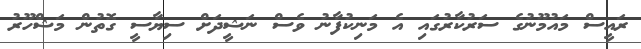
ރައީސް މައުމޫނުގެ ސަރުކާރުގައި އެ މަނިކުފާނު ވެސް ނަޝީދަށް ސިޔާސީ ގޮތުން މަޝްހޫރު